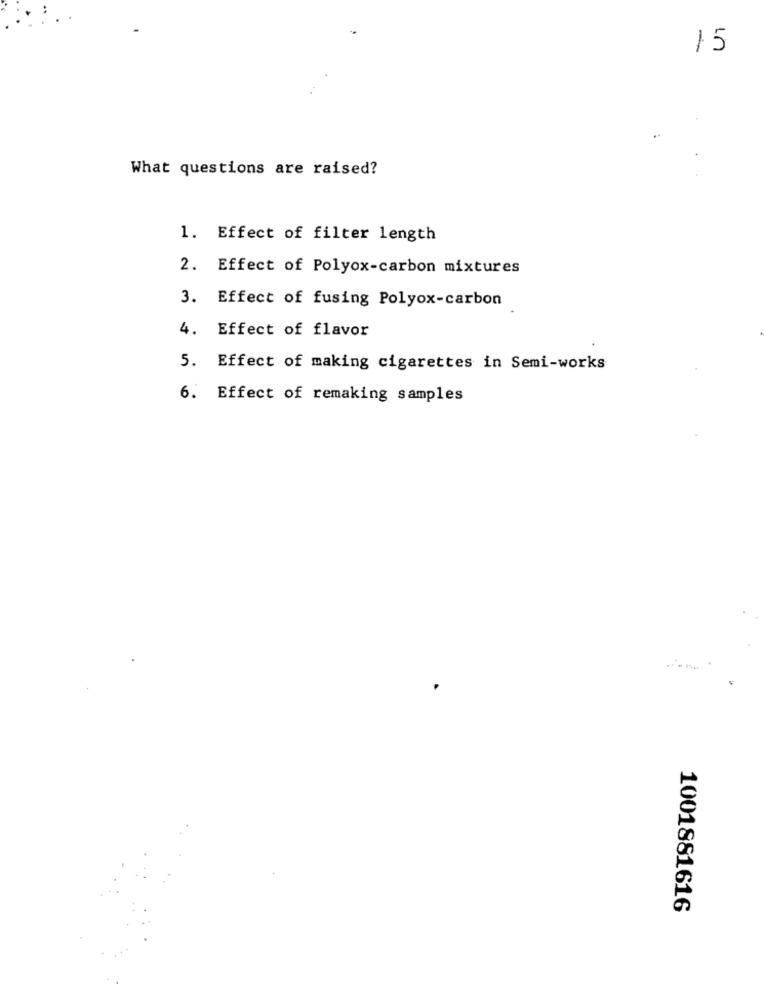
15
What questions are raised?
1. Effect of filter length
2. Effect of Polyox-carbon mixtures
3. Effect of fusing Polyox-carbon
4. Effect of flavor
5. Effect of making cigarettes in Semi-works
6. Effect of remaking samples
1001881616